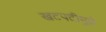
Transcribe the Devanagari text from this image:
खटपटीमुळे